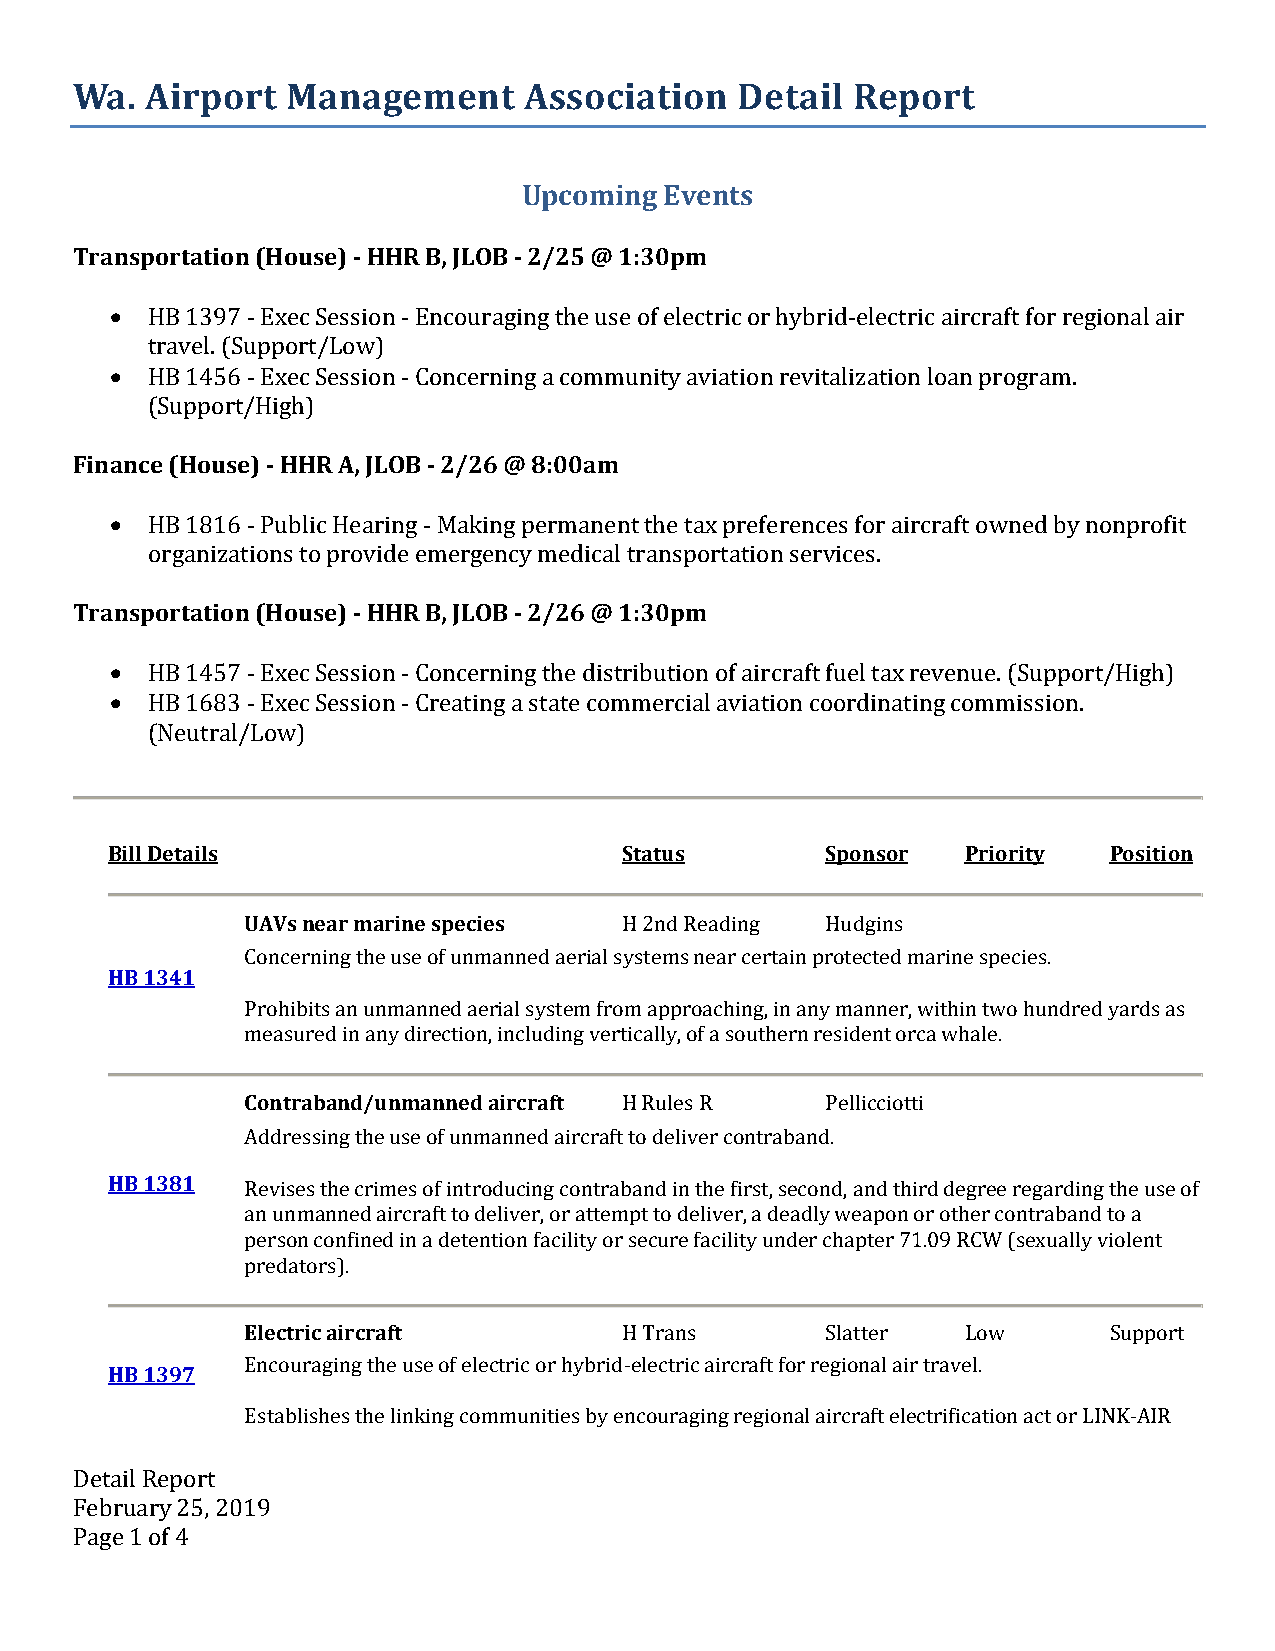
Wa.  Airport  Management      Association   Detail  Report
 Upcoming Events
 Transportation (House) - HHR B, JLOB - 2/25 @ 1:30pm
   HB 1397 - Exec Session - Encouraging the use of electric or hybrid-electric aircraft for regional air
 travel. (Support/Low)
   HB 1456 - Exec Session - Concerning a community aviation revitalization loan program.
 (Support/High)
 Finance (House) - HHR A, JLOB - 2/26 @ 8:00am
   HB 1816 - Public Hearing - Making permanent the tax preferences for aircraft owned by nonprofit
 organizations to provide emergency medical transportation services.
 Transportation (House) - HHR B, JLOB - 2/26 @ 1:30pm
   HB 1457 - Exec Session - Concerning the distribution of aircraft fuel tax revenue. (Support/High)
   HB 1683 - Exec Session - Creating a state commercial aviation coordinating commission.
 (Neutral/Low)
 Bill Details                      Status        Sponsor  Priority Position
 UAVs near marine species H 2nd Reading Hudgins
 Concerning the use of unmanned aerial systems near certain protected marine species.
 HB 1341
 Prohibits an unmanned aerial system from approaching, in any manner, within two hundred yards as
 measured in any direction, including vertically, of a southern resident orca whale.
 Contraband/unmanned aircraft H Rules R Pellicciotti
 Addressing the use of unmanned aircraft to deliver contraband.
 HB 1381  Revises the crimes of introducing contraband in the first, second, and third degree regarding the use of
 an unmanned aircraft to deliver, or attempt to deliver, a deadly weapon or other contraband to a
 person confined in a detention facility or secure facility under chapter 71.09 RCW (sexually violent
 predators).
 Electric aircraft        H Trans       Slatter  Low      Support
 HB 1397
 Encouraging the use of electric or hybrid-electric aircraft for regional air travel.
 Establishes the linking communities by encouraging regional aircraft electrification act or LINK-AIR
 Detail Report
 February 25, 2019
 Page 1 of 4